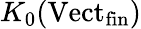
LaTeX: K_{0}(\mathrm{Vect}_{\mathrm{fin}})